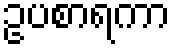
ဥပစာရကာ